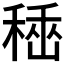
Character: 𥠞